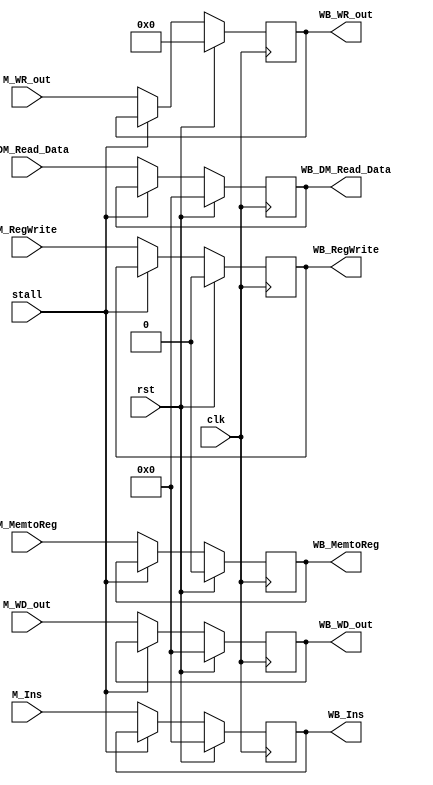
// M_WB

module M_WB ( clk,
              rst,
			  stall,
			  // input 
			  // WB
			  M_Ins,
			  M_MemtoReg,
			  M_RegWrite,
			  // pipe
			  M_DM_Read_Data,
			  M_WD_out,
			  M_WR_out,
			  // output
			  // WB
			  WB_Ins,
			  WB_MemtoReg,
			  WB_RegWrite,
			  // pipe
			  WB_DM_Read_Data,
			  WB_WD_out,
              WB_WR_out
			  );
	
	parameter data_size = 32;
	
	input clk, rst,stall;
	
	// WB
    input M_MemtoReg;	
    input M_RegWrite;	
	// pipe	
    input [data_size-1:0] M_DM_Read_Data,M_Ins;
    input [data_size-1:0] M_WD_out;
    input [4:0] M_WR_out;

	// WB
	output reg WB_MemtoReg;
	output reg WB_RegWrite;
	// pipe
    output reg [data_size-1:0] WB_DM_Read_Data,WB_Ins;
    output reg [data_size-1:0] WB_WD_out;
    output reg [4:0] WB_WR_out;	
	
	initial begin 
		WB_MemtoReg = 0;
		WB_RegWrite = 0;
        WB_DM_Read_Data = 32'b0; 
        WB_WD_out = 32'b0; 
		WB_WR_out = 4'b0;
		WB_Ins = 0;
    end 

	always@(negedge clk) begin 
	
		if(rst)begin
			WB_MemtoReg <= 0;
			WB_RegWrite <= 0;
			WB_DM_Read_Data <= 32'b0; 
			WB_WD_out <= 32'b0; 
			WB_WR_out <= 4'b0;
			WB_Ins <= 0;
		end		
		else if(stall) begin		
			WB_MemtoReg <= WB_MemtoReg;
			WB_RegWrite <= WB_RegWrite;
			WB_DM_Read_Data <= WB_DM_Read_Data; 
			WB_WD_out <= WB_WD_out; 
			WB_WR_out <= WB_WR_out;
			WB_Ins <= WB_Ins;
		end	
		else begin		
			WB_MemtoReg <= M_MemtoReg;
			WB_RegWrite <= M_RegWrite;
			WB_DM_Read_Data <= M_DM_Read_Data; 
			WB_WD_out <= M_WD_out; 
			WB_WR_out <= M_WR_out;
			WB_Ins <= M_Ins;
		end	
	end 
endmodule